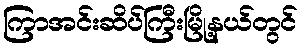
ကြာအင်းဆိပ်ကြီးမြို့နယ်တွင်